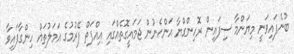
ބުނެފައިވަނީ މިޔަންމާ ސިފައިން ރޮހިންގްޔާ އަންހެނުން ޖަމައީގޮތެއްގައި އިއްފަތް ފޭރުމުގެ އަމަލުތައް ހިންގާފައިވާ